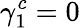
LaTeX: \gamma_{1}^{c}=0